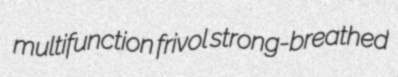
multifunction frivol strong-breathed